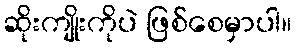
ဆိုးကျိုးကိုပဲ ဖြစ်စေမှာပါ။